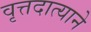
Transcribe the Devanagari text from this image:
वृत्तदात्याने